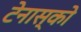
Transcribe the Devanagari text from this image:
टेनास्को